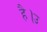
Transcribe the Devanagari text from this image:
है।उ